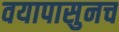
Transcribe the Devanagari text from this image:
वयापासुनच